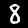
Label: 8